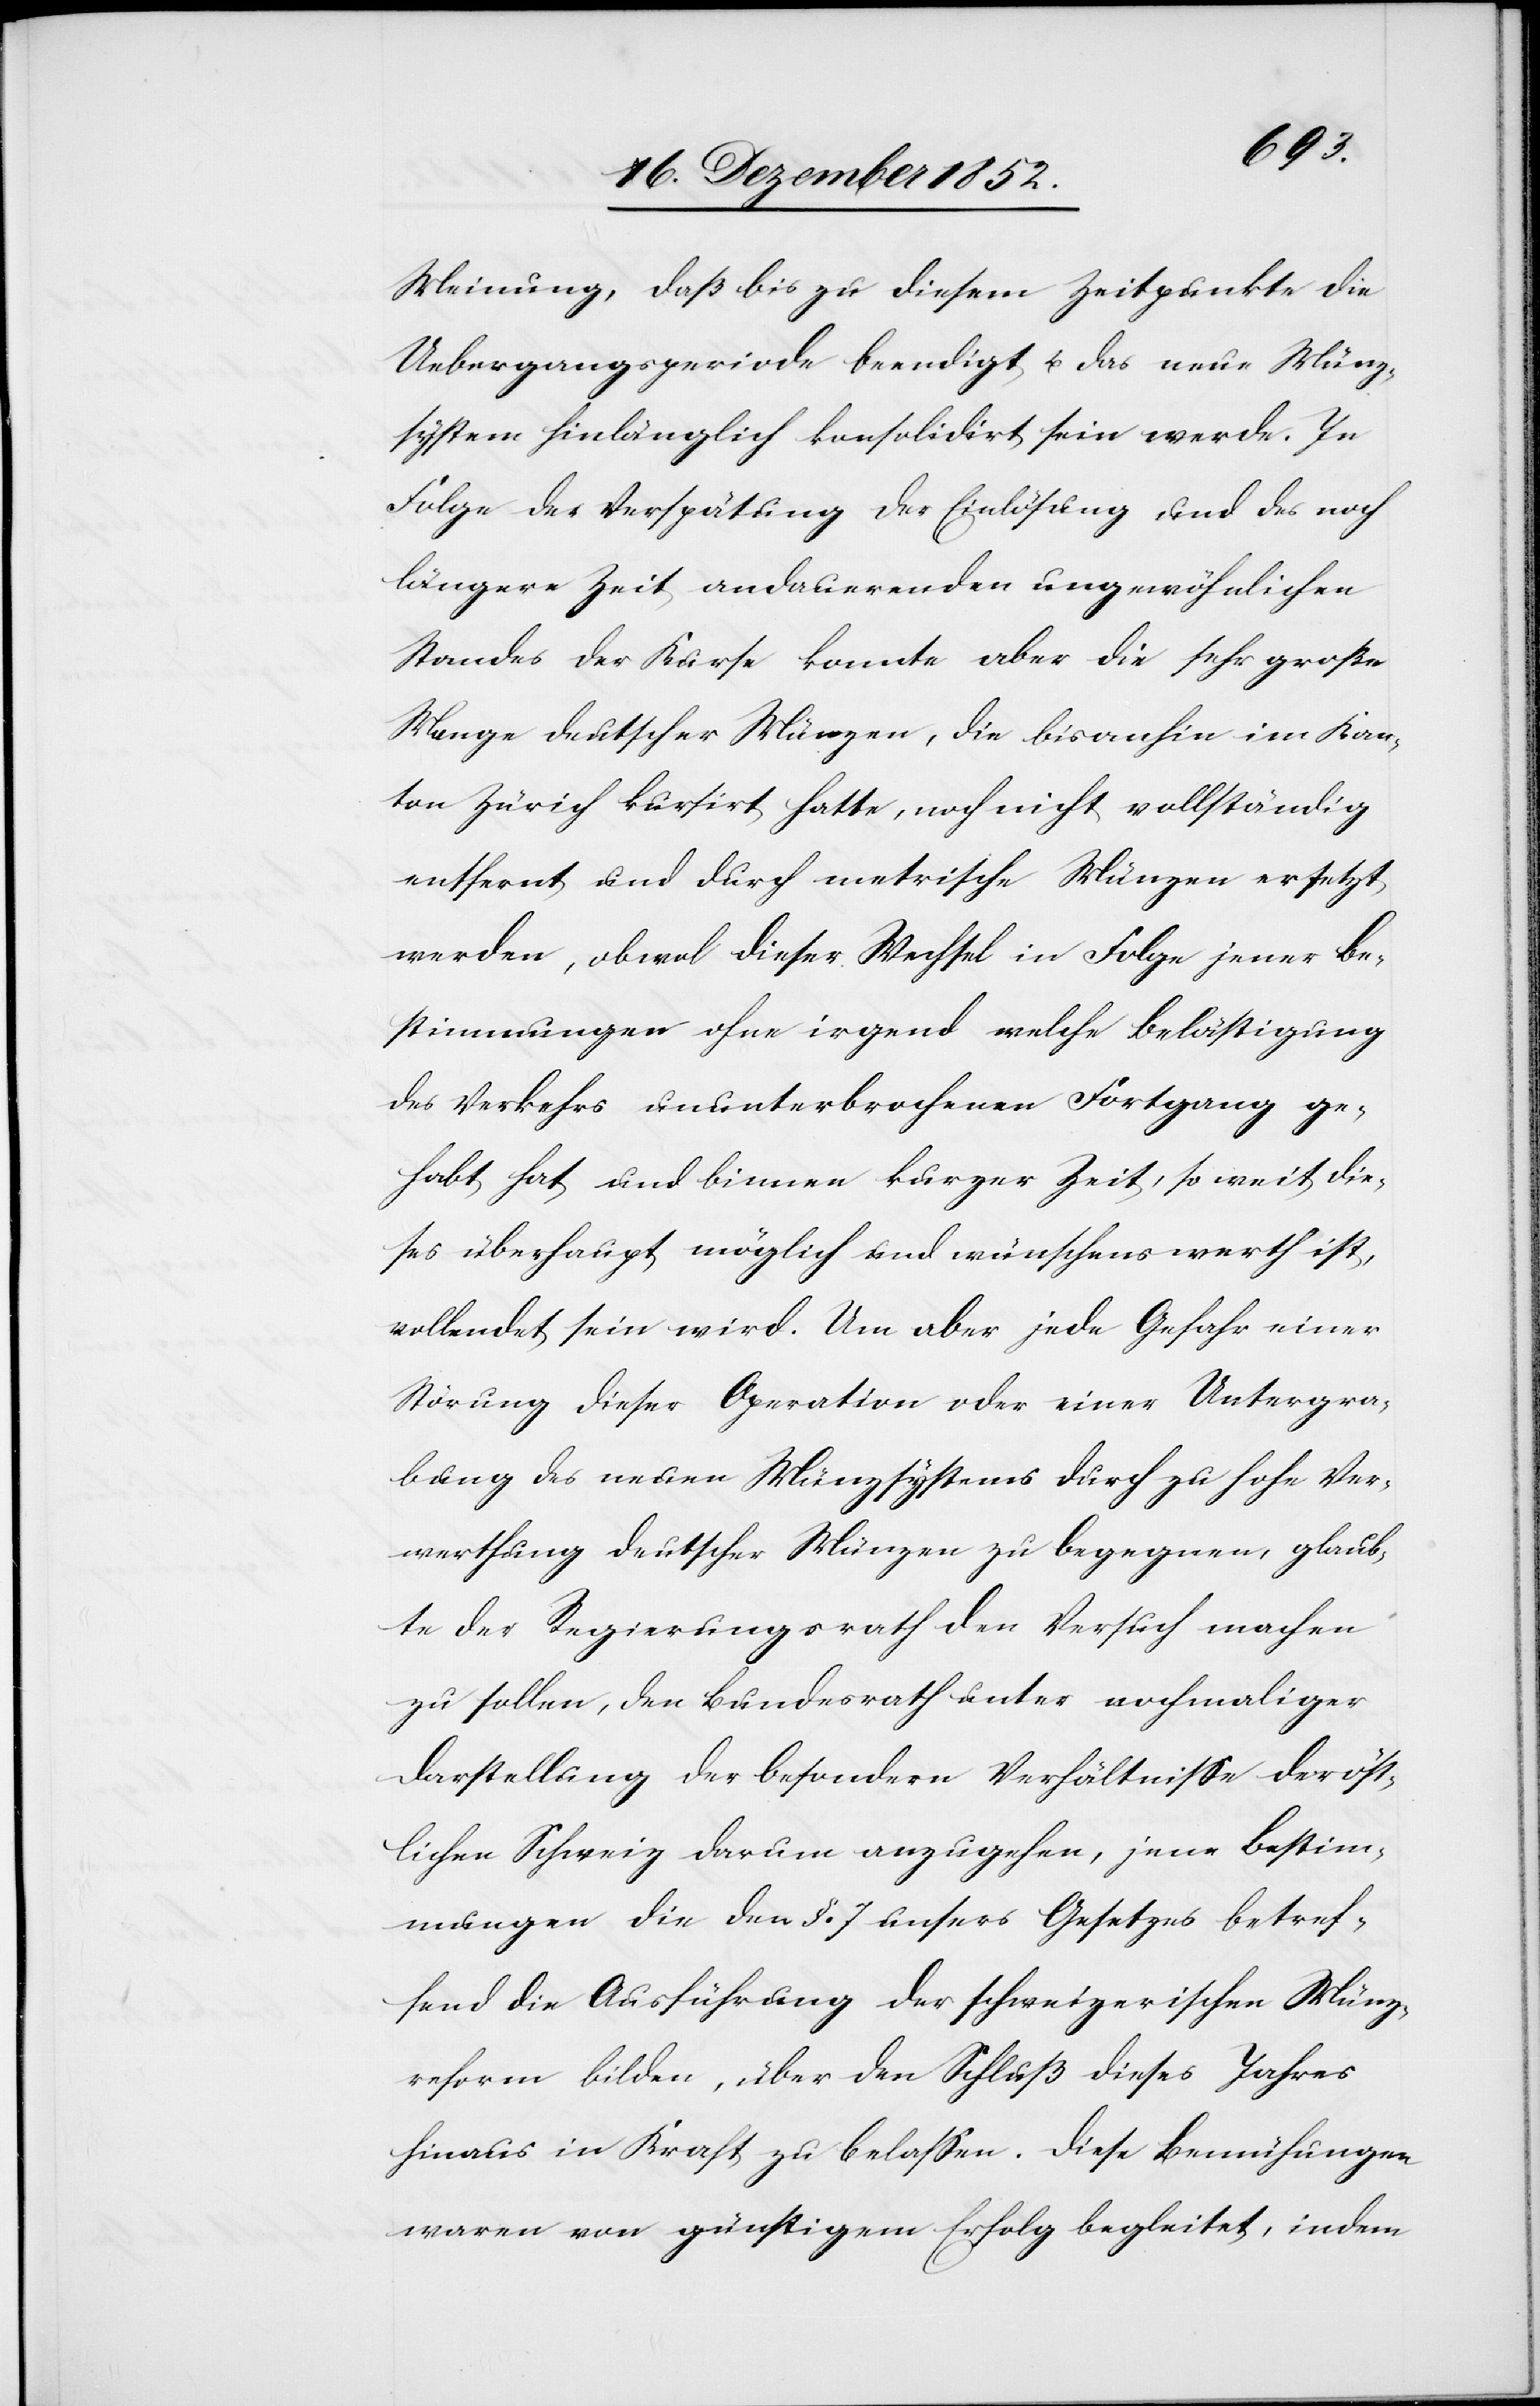
Meinung, daß bis zu diesem Zeitpunkte die
Uebergangsperiode beendigt u. das neue Münz¬
system hinlänglich konsolidirt sein werde. In
Folge der Verspätung der Einlösung und des noch
längere Zeit andauernden ungewöhnlichen
Standes der Kurse konnte aber die sehr große
Menge deutscher Münzen, die bisanhin im Kan¬
ton Zürich kursirt hatte, noch nicht vollständig
entfernt und durch metrische Münzen ersetzt
werden, obwol dieser Wechsel in Folge jener Be¬
stimmungen ohne irgend welche Belästigung
des Verkehrs ununterbrochenen Fortgang ge¬
habt hat und binnen kurzer Zeit, so weit die¬
ses überhaupt möglich und wünschenswerth ist,
vollendet sein wird. Um aber jede Gefahr einer
Störung dieser Operation oder einer Untergra¬
bung des neuen Münzsystems durch zu hohe Ver¬
werthung deutscher Münzen zu begegnen, glaub¬
te der Regierungsrath den Versuch machen
zu sollen, den Bundesrath unter nochmaliger
Darstellung der besondern Verhältnisse der öst¬
lichen Schweiz darum anzugehen, jene Bestim¬
mungen die den §. 7 unsers Gesetzes betref¬
fend die Ausführung der schweizerischen Münz¬
reform bilden, über den Schluß dieses Jahres
hinaus in Kraft zu belassen. Diese Bemühungen
waren von günstigem Erfolg begleitet, indem